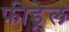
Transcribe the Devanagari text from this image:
फीड्रेल